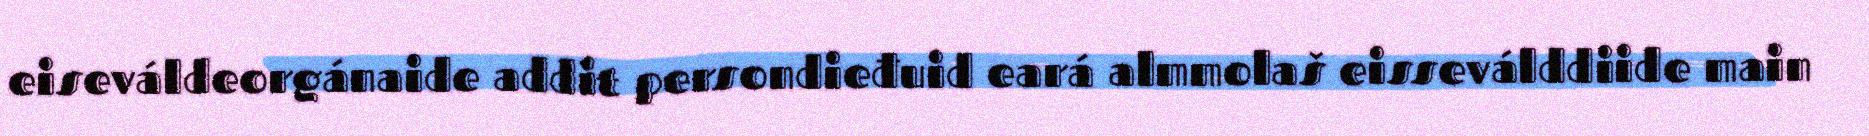
eiseváldeorgánaide addit persondieđuid eará almmolaš eisseválddiide main